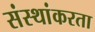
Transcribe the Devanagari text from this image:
संस्थांकरता